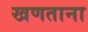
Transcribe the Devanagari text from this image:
खणताना